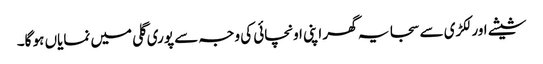
شیشے اور لکڑی سے سجا یہ گھر اپنی اونچائی کی وجہ سے پوری گلی میں نمایاں ہو گا۔